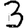
Digit: 3